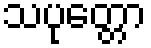
သပုတ္တော